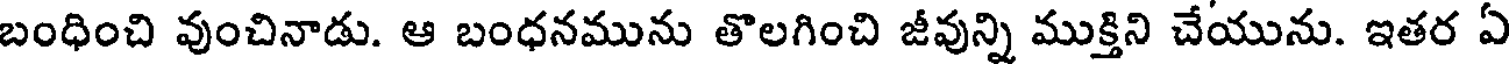
బంధించి వుంచినాడు. ఆ బంధనమును తొలగించి జీవున్ని ముక్తిని చేయును. ఇతర ఏ